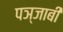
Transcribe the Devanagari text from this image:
पञ्जाबी